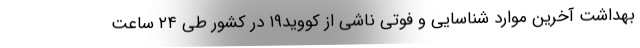
بهداشت آخرین موارد شناسایی و فوتی ناشی از کووید۱۹ در کشور طی ۲۴ ساعت